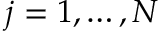
j = 1 , \dots , N